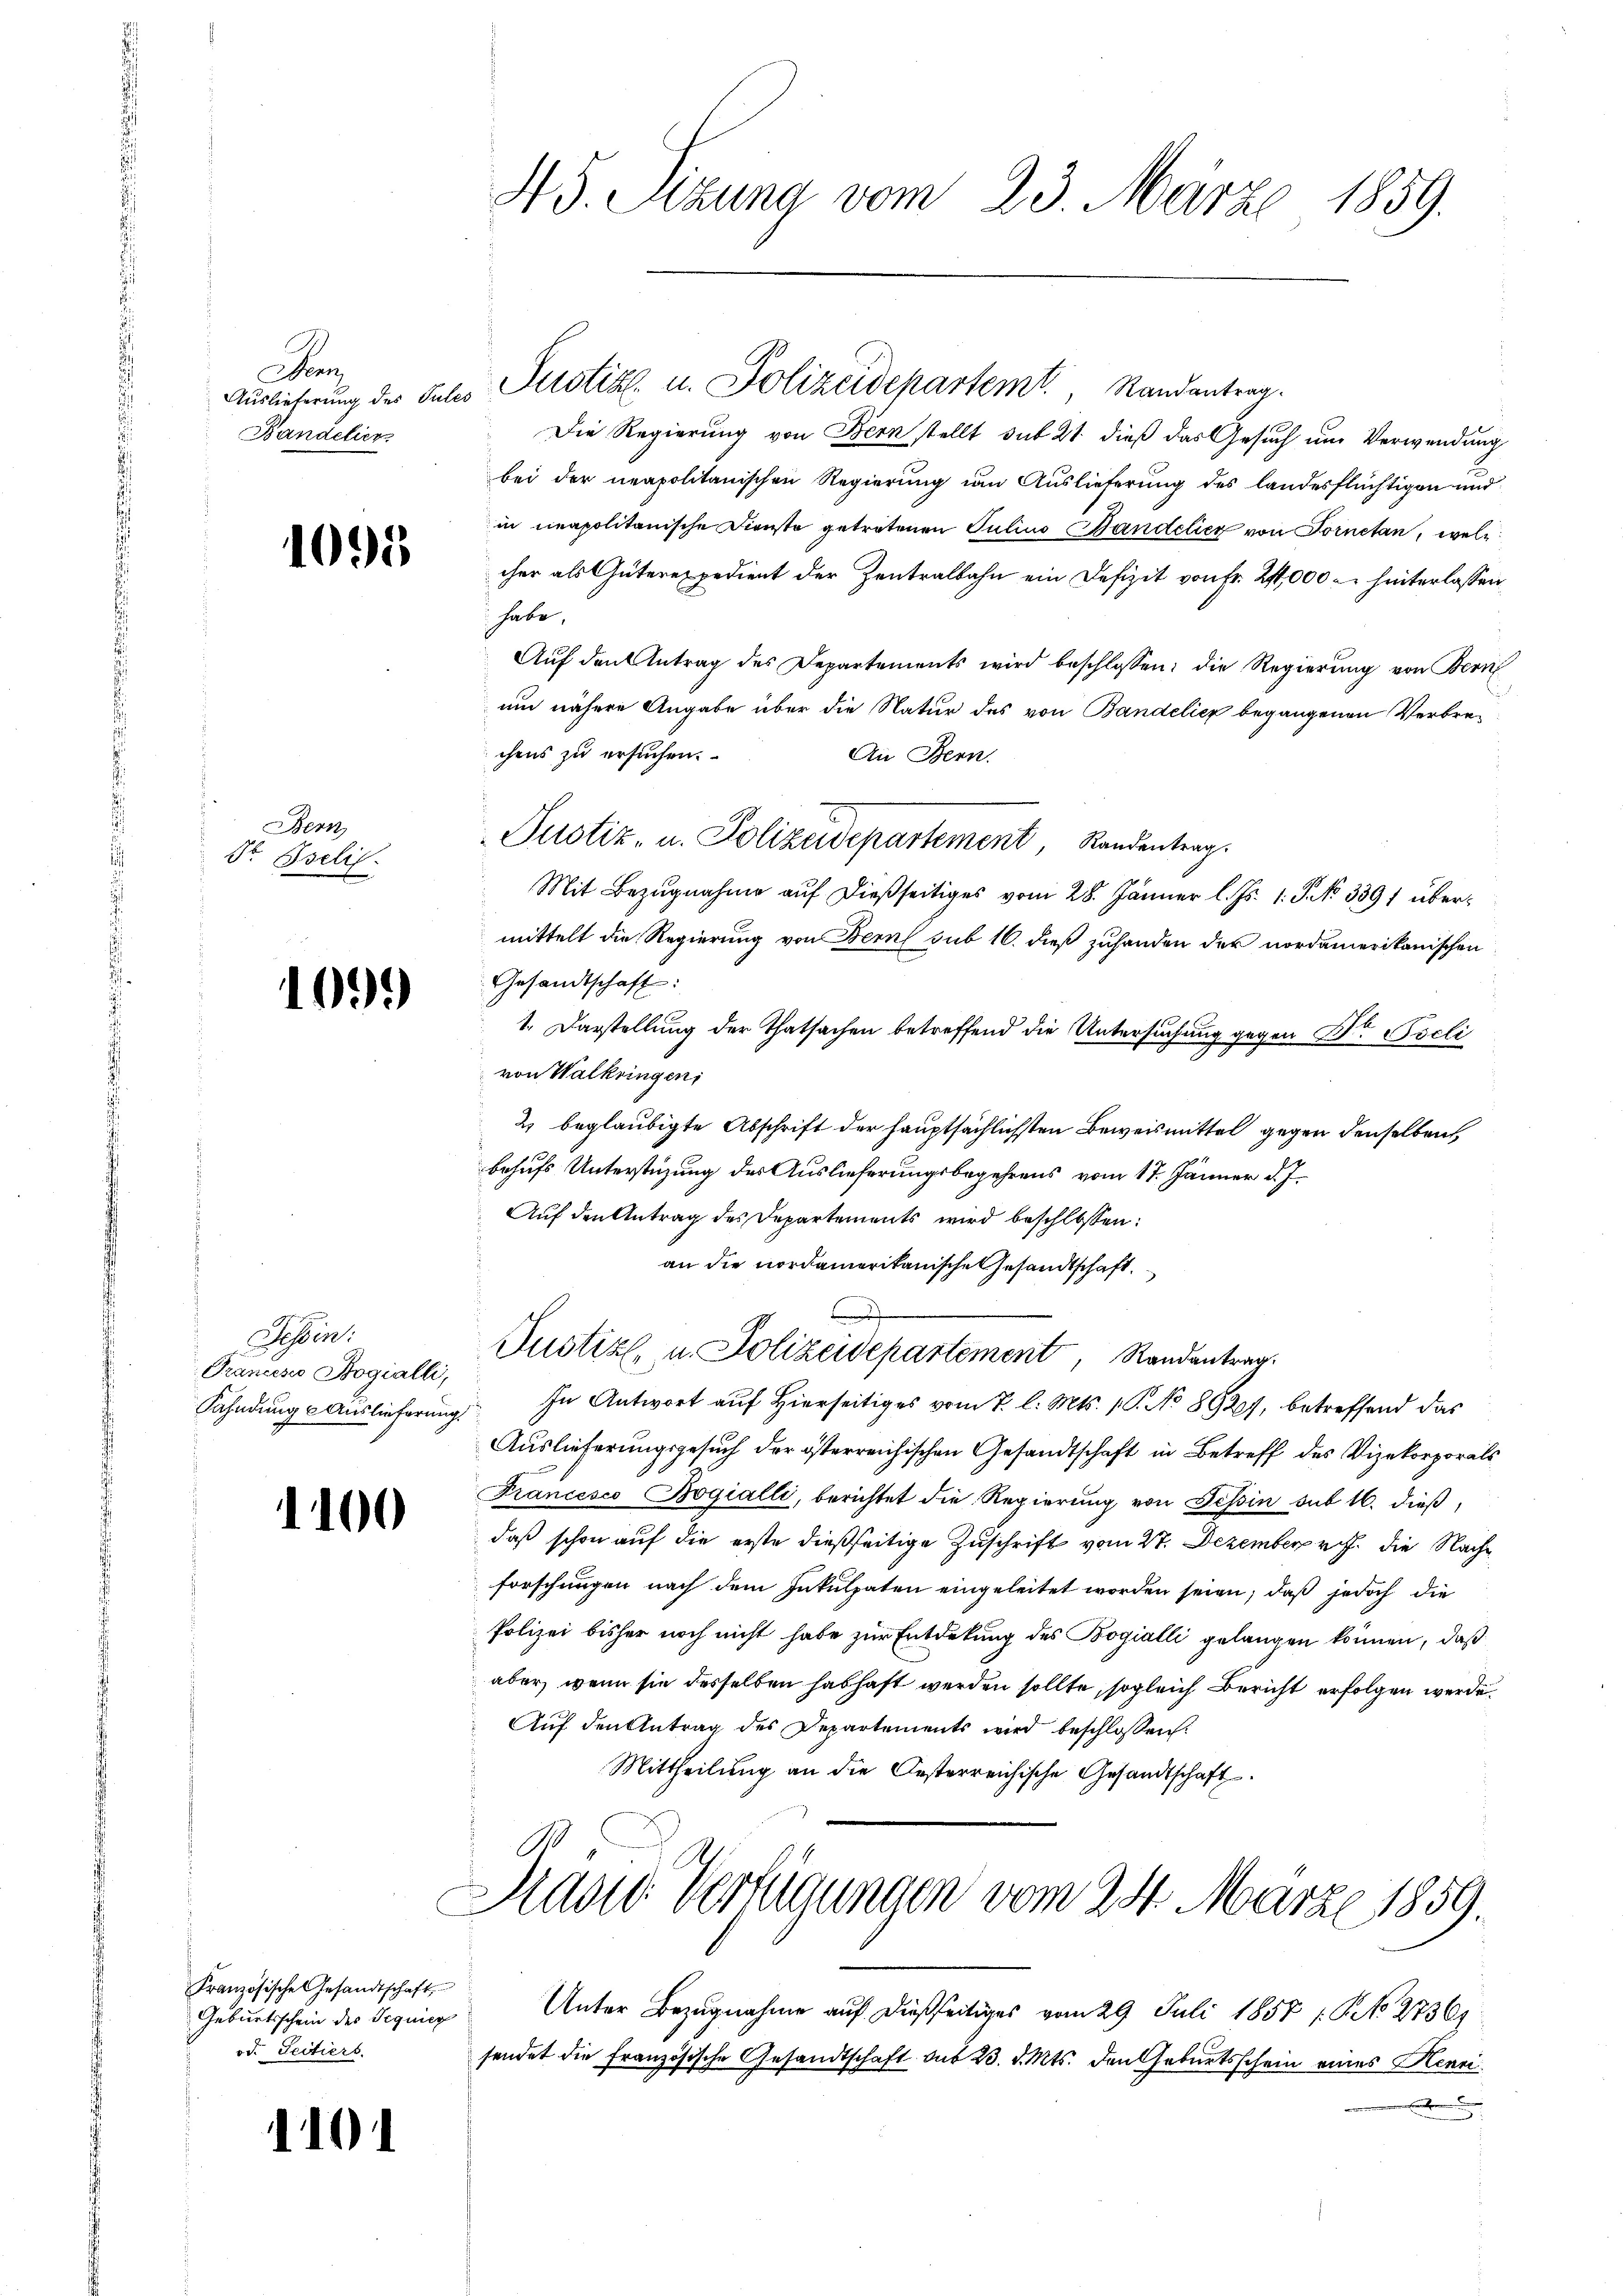
an
Bandelier

1095

Bern
St Iselis.

109.

Tessin:
Grancesco Bogialli,

1100

1101

Französische Gesandtschaft
Geburtsschein des Sequier
od. Seitiers.

45. Sizung vom 23. März 1859.

Auslieferung des Julis Altstik u. Polizeidepartemt. Randantrag.
Die Regierung von Bern stellt sub 21. dieß das Gesuch um Verwendung
bei der neapolitanischen Regierung um Auslieferung des landesflüchtigen und
in neapolitanische Dienste getretenen Julius Bandelich von Fornetan, welcher als Güterexpedient der Zentralbahn ein Defizit von Fr. 2,000 - hinterlassen,
habe.
Aŭf den Antrag des Departements wird beschlossen: die Regierung von Bern
und nähere Angabe über die Natur des von Bandelicz begangenen Verbrechens zu ersuchen.
An Bern.
Mit Bezŭgnahme aŭf dießseitiges vom 28. Jänner l. Js. 1. P. No. 3391 übermittelt die Regierung von Bern sub 16. dieß zuhanden der nordamerikanischen
Gesandtschaft:
1. Darstellung der Thatsachen betreffend die Untersuchung gegen Dr Pocli
von Walkringen,
2) beglaubigte Abschrift der hauptsächlichsten Beweismittel gegen denselben,
behufs Unterstüzung des Auslieferungsbegehrens vom 17. Jänner d. J.
Auf den Antrag des Departements wird beschlossen:
an die nordamerikanische Gesandtschaft.
.
Justiz, u. Polizeidepartement, Randantrag
Fahndung Auslieferung. In Antwort auf hierseitiges vom 7. l. Mts. 1. No 8920), betreffend das
Auslieferungsgesuch der österreichischen Gesandtschaft in Betreff des Vizekorporals
Francesco Bogialli, berichtet die Regierung von Tessin sub 16. dieß,
daß schon auf die erste dießseitige Zuschrift vom 27. Dezember v. J. die Nachforschungen nach dem Inkulpaten eingeleitet worden seien, daß jedoch die
Polizei bisher noch nicht habe zur Entdekung des Bogialli gelangen können, daß
aber, wenn sie desselben habhaft werden sollte, sogleich Bericht erfolgen werde.
Auf den Antrag des Departements wird beschlossen:
Mittheilung an die Oesterreichische Gesandtschaft

Pustiz- u. Polizeidepartement, Randentrag.

Das Verfügungen vom 24. März 1859.

Unter Bezugnahme auf dießseitiges vom 29. Juli 1858 f. P. No 27361
sendet die französische Gesandtschaft aus 23. d. Mts. den Geburtsschein eines Henrin